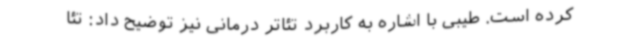
کرده است. طیبی با اشاره به کاربرد تئاتر درمانی نیز توضیح داد: تئا